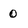
Character: 0